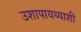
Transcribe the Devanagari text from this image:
उशापायथ्याशीं